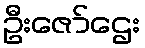
ဦးဇော်ဌေး